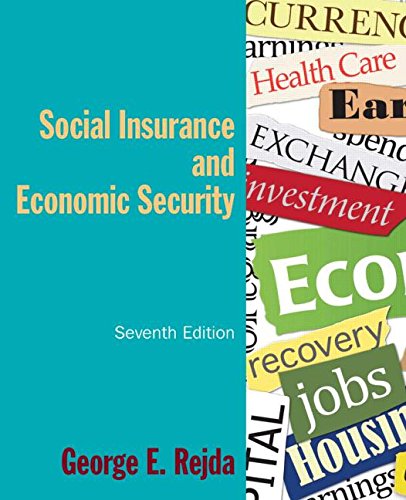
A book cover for Social Insurance and Economic Security; George E. Rejda; Business & Money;